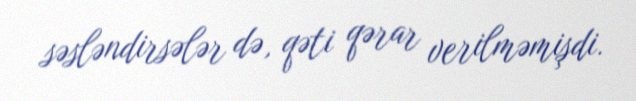
səsləndirsələr də, qəti qərar verilməmişdi.